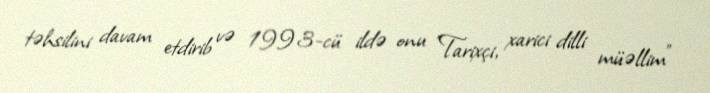
təhsilini davam etdirib və 1993-cü ildə onu "Tarixçi, xarici dilli müəllim"